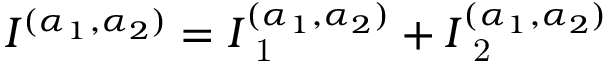
I ^ { ( \alpha _ { 1 } , \alpha _ { 2 } ) } = I _ { \mathrm { ~ 1 ~ } } ^ { ( \alpha _ { 1 } , \alpha _ { 2 } ) } + I _ { \mathrm { ~ 2 ~ } } ^ { ( \alpha _ { 1 } , \alpha _ { 2 } ) }